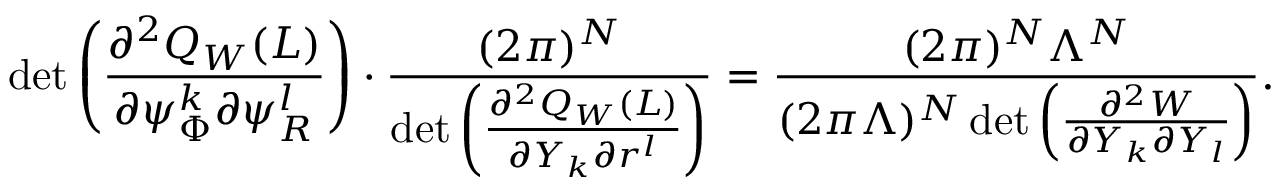
\operatorname* { d e t } \left( \frac { \partial ^ { 2 } Q _ { W } ( L ) } { \partial \psi _ { \Phi } ^ { k } \partial \psi _ { R } ^ { l } } \right) \cdot \frac { ( 2 \pi ) ^ { N } } { \operatorname* { d e t } \left( \frac { \partial ^ { 2 } Q _ { W } ( L ) } { \partial Y _ { k } \partial r ^ { l } } \right) } = \frac { ( 2 \pi ) ^ { N } \Lambda ^ { N } } { ( 2 \pi \Lambda ) ^ { N } \operatorname* { d e t } \left( \frac { \partial ^ { 2 } W } { \partial Y _ { k } \partial Y _ { l } } \right) } .